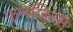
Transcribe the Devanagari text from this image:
फनजिन्स